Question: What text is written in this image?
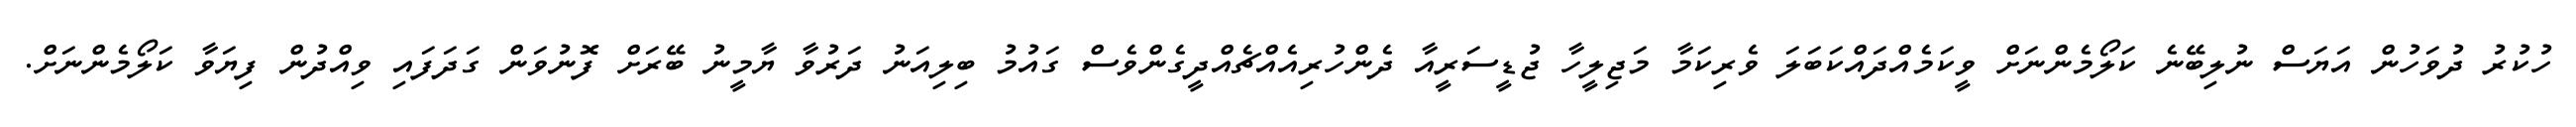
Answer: ހުކުރު ދުވަހުން އަޔަސް ނުލިބޭނެ ކަލޯމެންނަށް ވީކަމެއްދައްކަބަލަ ވެރިކަމާ މަޖިލީހާ ޖުޑީސަރީއާ ދެންހުރިއެއްޗެއްދީގެންވެސް ގައުމު ބިލިއަނު ދަރުވާ ޔާމީނު ބޭރަށް ފޮނުވަން ގަދަފައި ވިއްދުން ފިޔަވާ ކަލޯމެންނަށް.